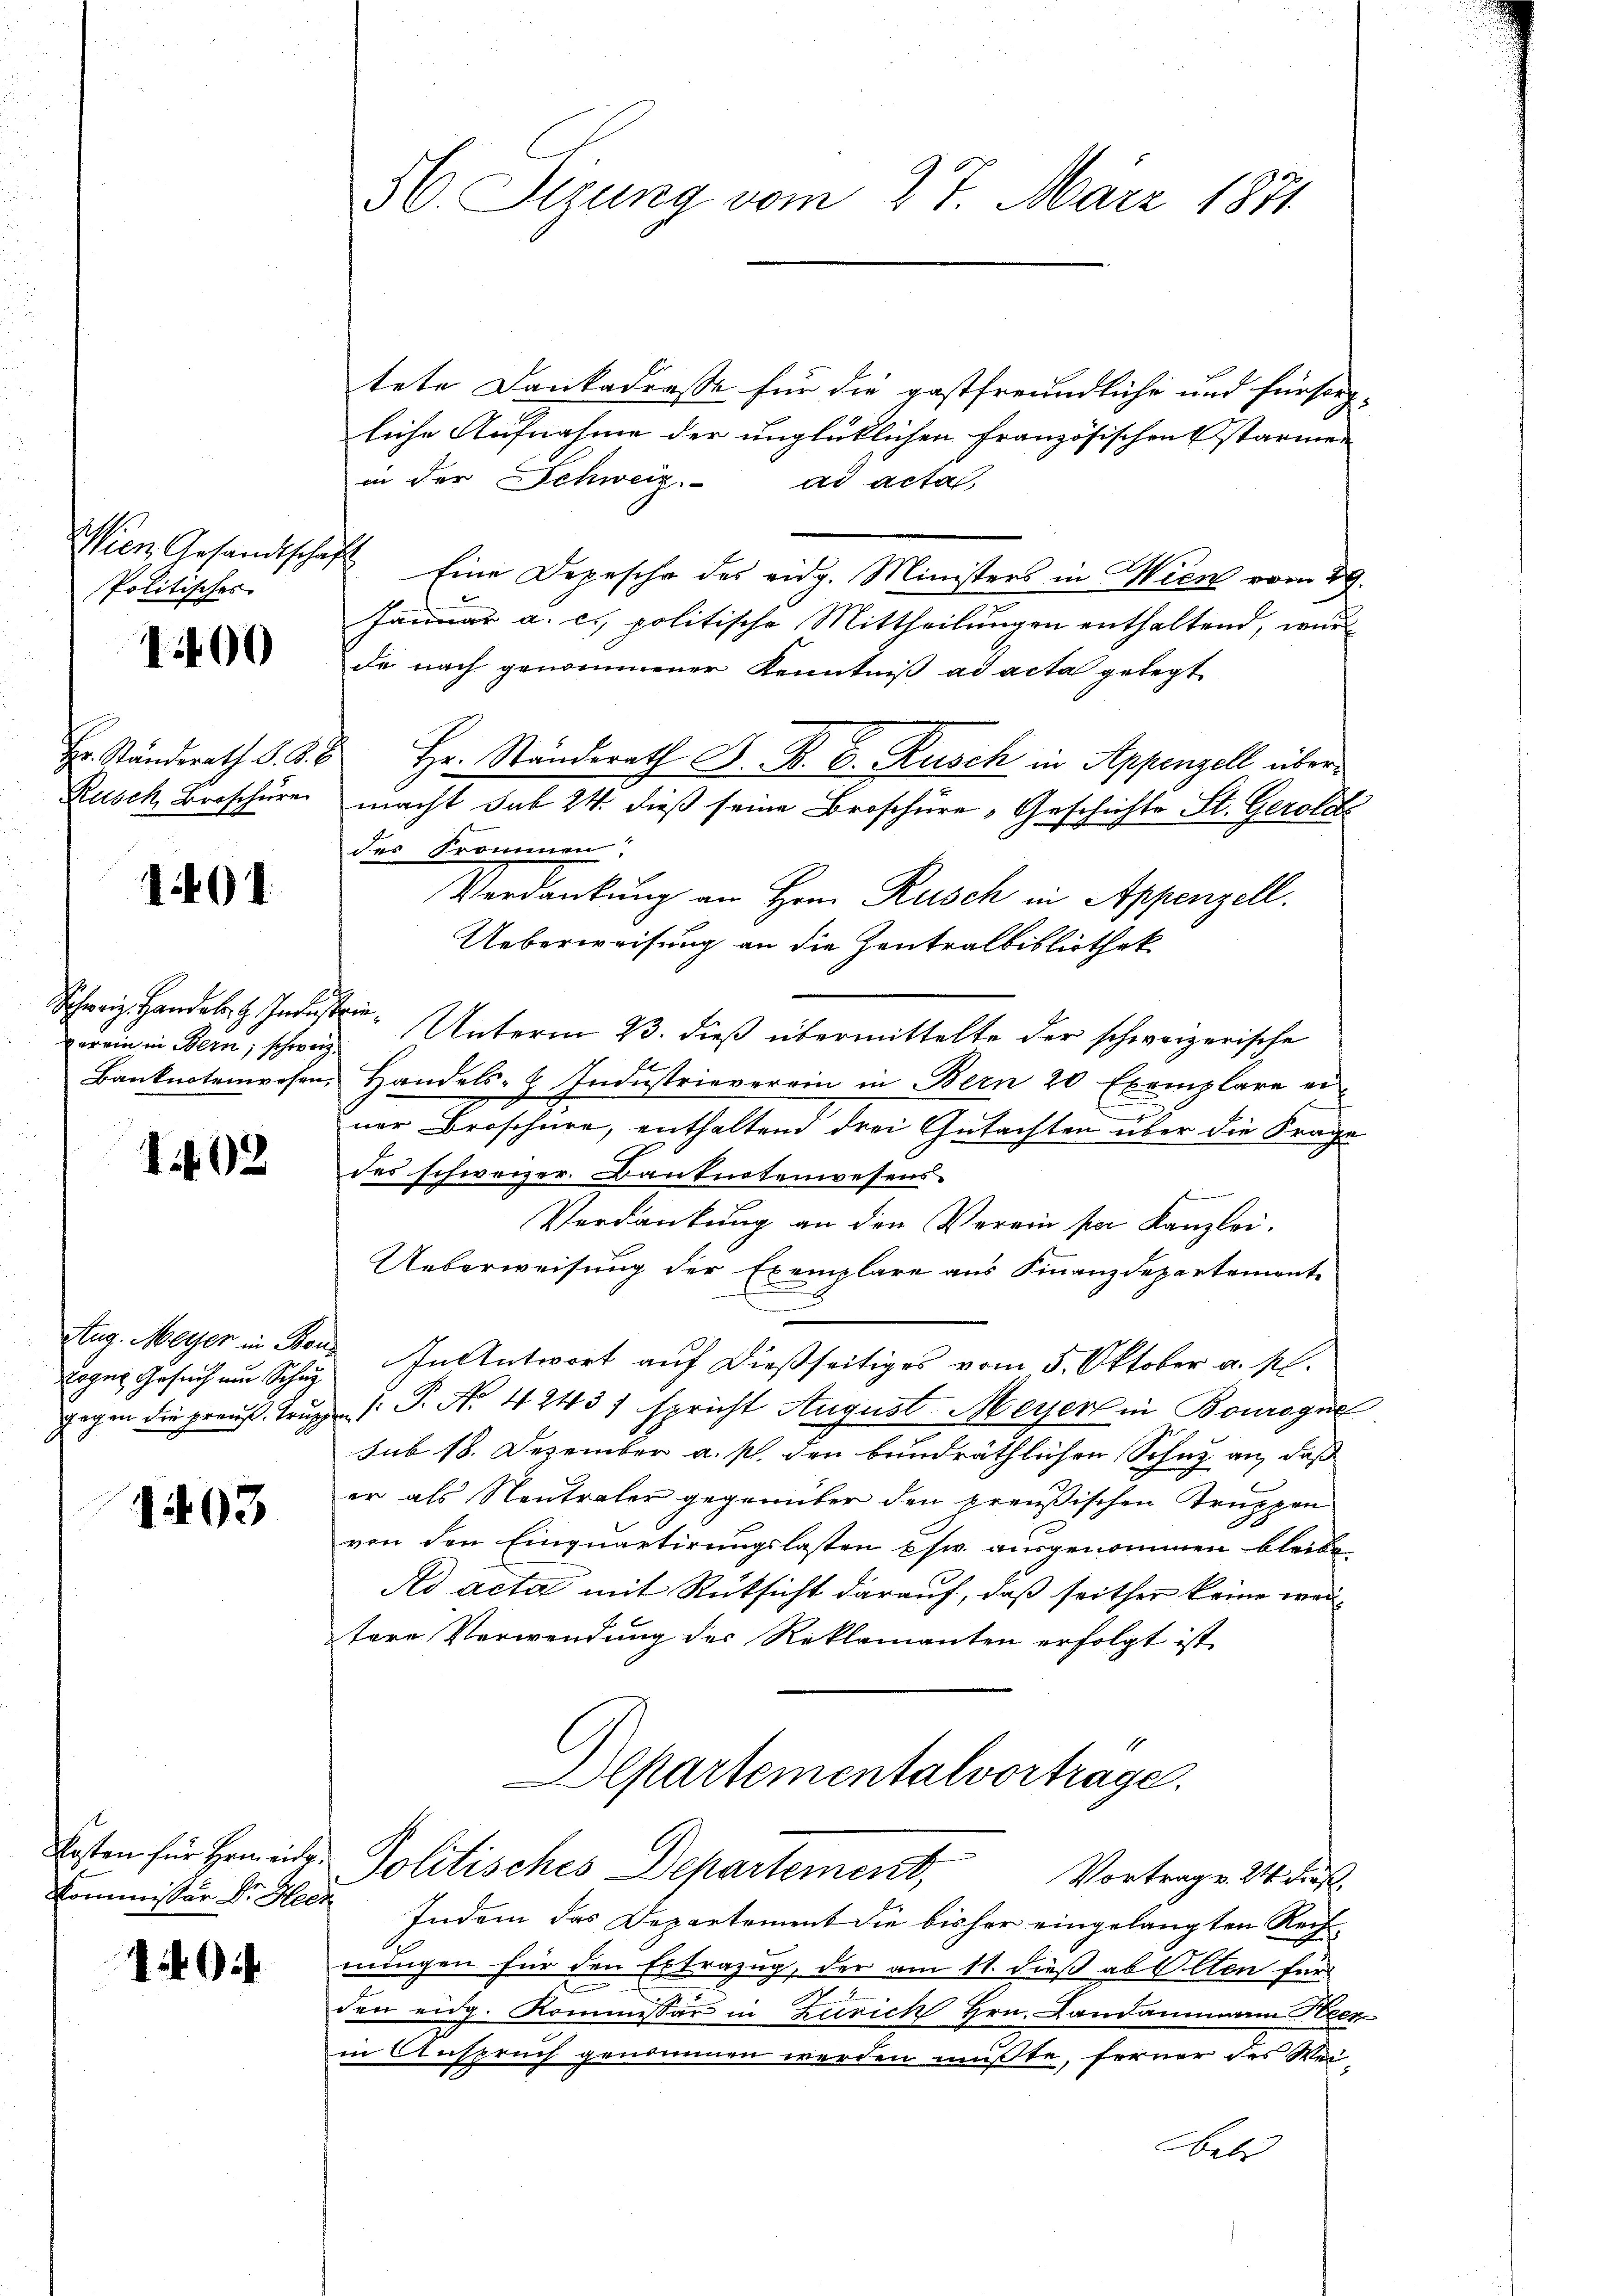
Politisches

1400

1401

verein in Bern, schweiz.

1402

Logen Gesuch und Schu

1403.

1

56. Sizung vom 27. März 1871

tete Dankadresse für die gastfreundliche und fürsorg-
liche Aufnahme der unglücklichen Französischen starmen
in der Schweiz. ad acta
Wien Gesandtschaft Eine Depesche des eidg. Ministers in Wien vom 29.
Januar a. c. politische Mittheilungen enthaltend, wurde nach genommener Kenntniß ad acta gelegt
Hr. Ständerath d. d. 8. Hr. Ständerath D. B. C. Rusch in Appenzell über¬
Rusck Broschüre macht sub 24. dieß seine Broschüre „Geschichts St. Gerollte
des Frommen.
Verdankung an Hrn. Rusch in Appenzell.
Ueberweisung an die Zentralbibliothek
Schweiz. Handb. Industrie. Unterm 23. dieß übermittelte der schweizerische
Banknotenwesen, Handels- & Industrieverein in Bern 20 Exemplare ei-
ner Broschüre, enthaltend drei Gutachten über die Frage
des schweizer. Banknotenwesens-
Verdankung an den Verein par Kanzlei.
Ueberweisung der Exemplare aus Finanzdepartemente
e
Aug. Meyer in Bons In Antwort auf dießseitiges vom 5. Oktober a. M.
gegen die preuß. Truppe (T. No 42431 spricht August Meyer in Bourogue
sub 18. Dezember a. p. den bundräthlichen Schutz an, daß
er als Neutraler gegenüber den preußischen Truppen
von den Einquartirungslasten Chr. ausgenommen bleibe.
Ad acta mit Rücksicht darauf, daß seither keine weitere Verwendung des Reklamanten erfolgt ist.
Departementalvortrage.
Kosten für Hermeide Politisches Departement,
Vortrag v. 24. dieß,
Commissor Dr. Heer Indem das Departement die bisher eingelangten Rech-
nungen für den Extrazug, der am 11. dieß ab Olten für
den eidg. Kommessar in Zürich Hrn. Landammann Peez
in Anspruch genommen werden mußte, ferner des Weibebr

d